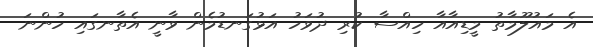
އެ މައުލޫމާތު މީޑިއާއާ ހިއްސާ ކުރި ދުވަހު އަޅުގަނޑުމެން ވާނީ އެތާނގައި ހުންނަ